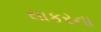
સાકરના